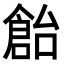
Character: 𠏓